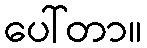
ပေါ်တာ။